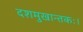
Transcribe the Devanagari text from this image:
दशमुखान्तकः।